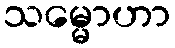
သမ္မောဟာ